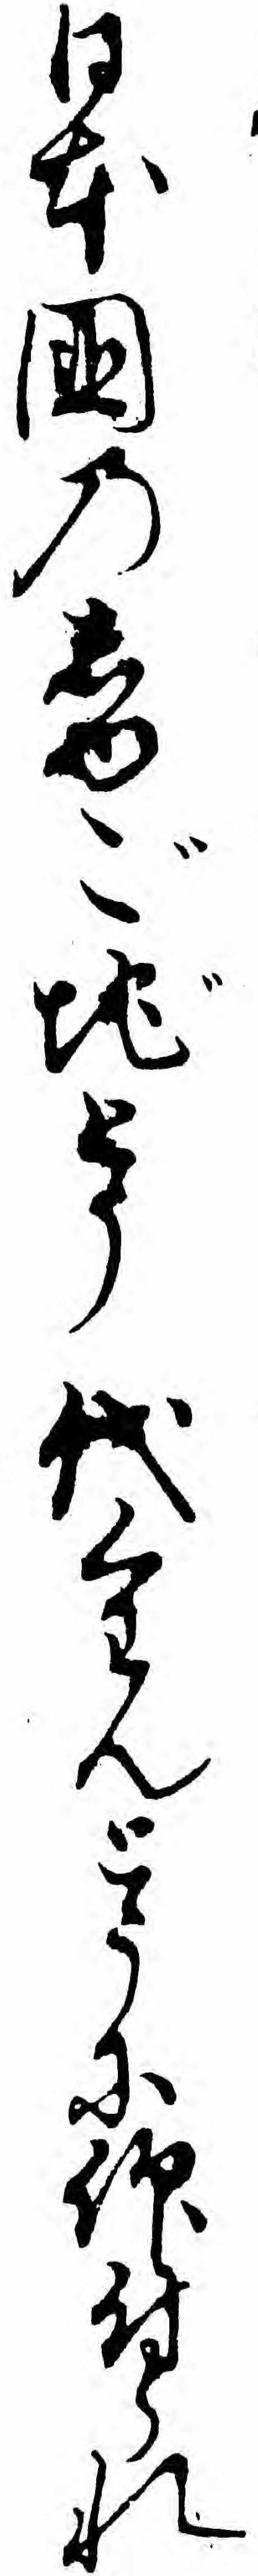
日本国のしゆご地とう代くわんとうに仰付られ